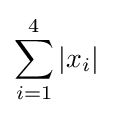
\sum _{i=1}^{4}\vert x_{i}\vert